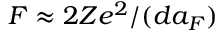
F \approx 2 Z e ^ { 2 } / ( d a _ { F } )